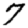
Digit: 7